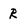
Character: R